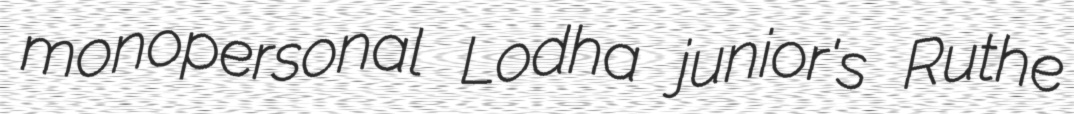
monopersonal Lodha junior's Ruthe